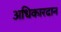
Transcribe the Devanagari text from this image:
अधिकारदान